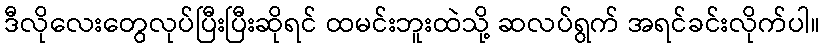
ဒီလိုလေးတွေလုပ်ပြီးပြီးဆိုရင် ထမင်းဘူးထဲသို့ ဆလပ်ရွက် အရင်ခင်းလိုက်ပါ။